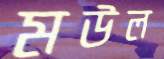
মউল